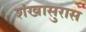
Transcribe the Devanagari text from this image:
शंखासुरास